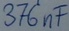
Text: 376nF